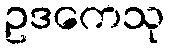
ဥဒကေသု